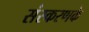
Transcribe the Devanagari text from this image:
संस्‍करणके